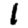
Digit: 1